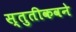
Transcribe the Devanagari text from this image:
स्तुतीकवने